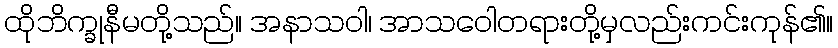
ထိုဘိက္ခုနီမတို့သည်။ အနာသဝါ၊ အာသဝေါတရားတို့မှလည်းကင်းကုန်၏။